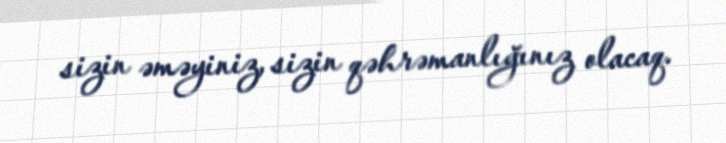
sizin əməyiniz, sizin qəhrəmanlığınız olacaq.